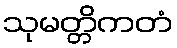
သုမတ္တိကတံ